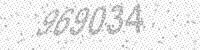
Solution: 969034